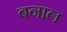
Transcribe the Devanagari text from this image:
बनाल